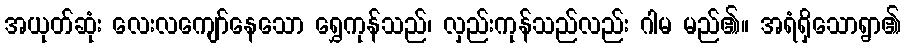
အယုတ်ဆုံး လေးလကျော်နေသော ရွှေကုန်သည်၊ လှည်းကုန်သည်လည်း ဂါမ မည်၏။ အရံရှိသောရွာ၏